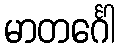
မာတင်္ဂေါ